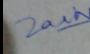
Signature authenticity: genuine